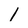
Character: 1